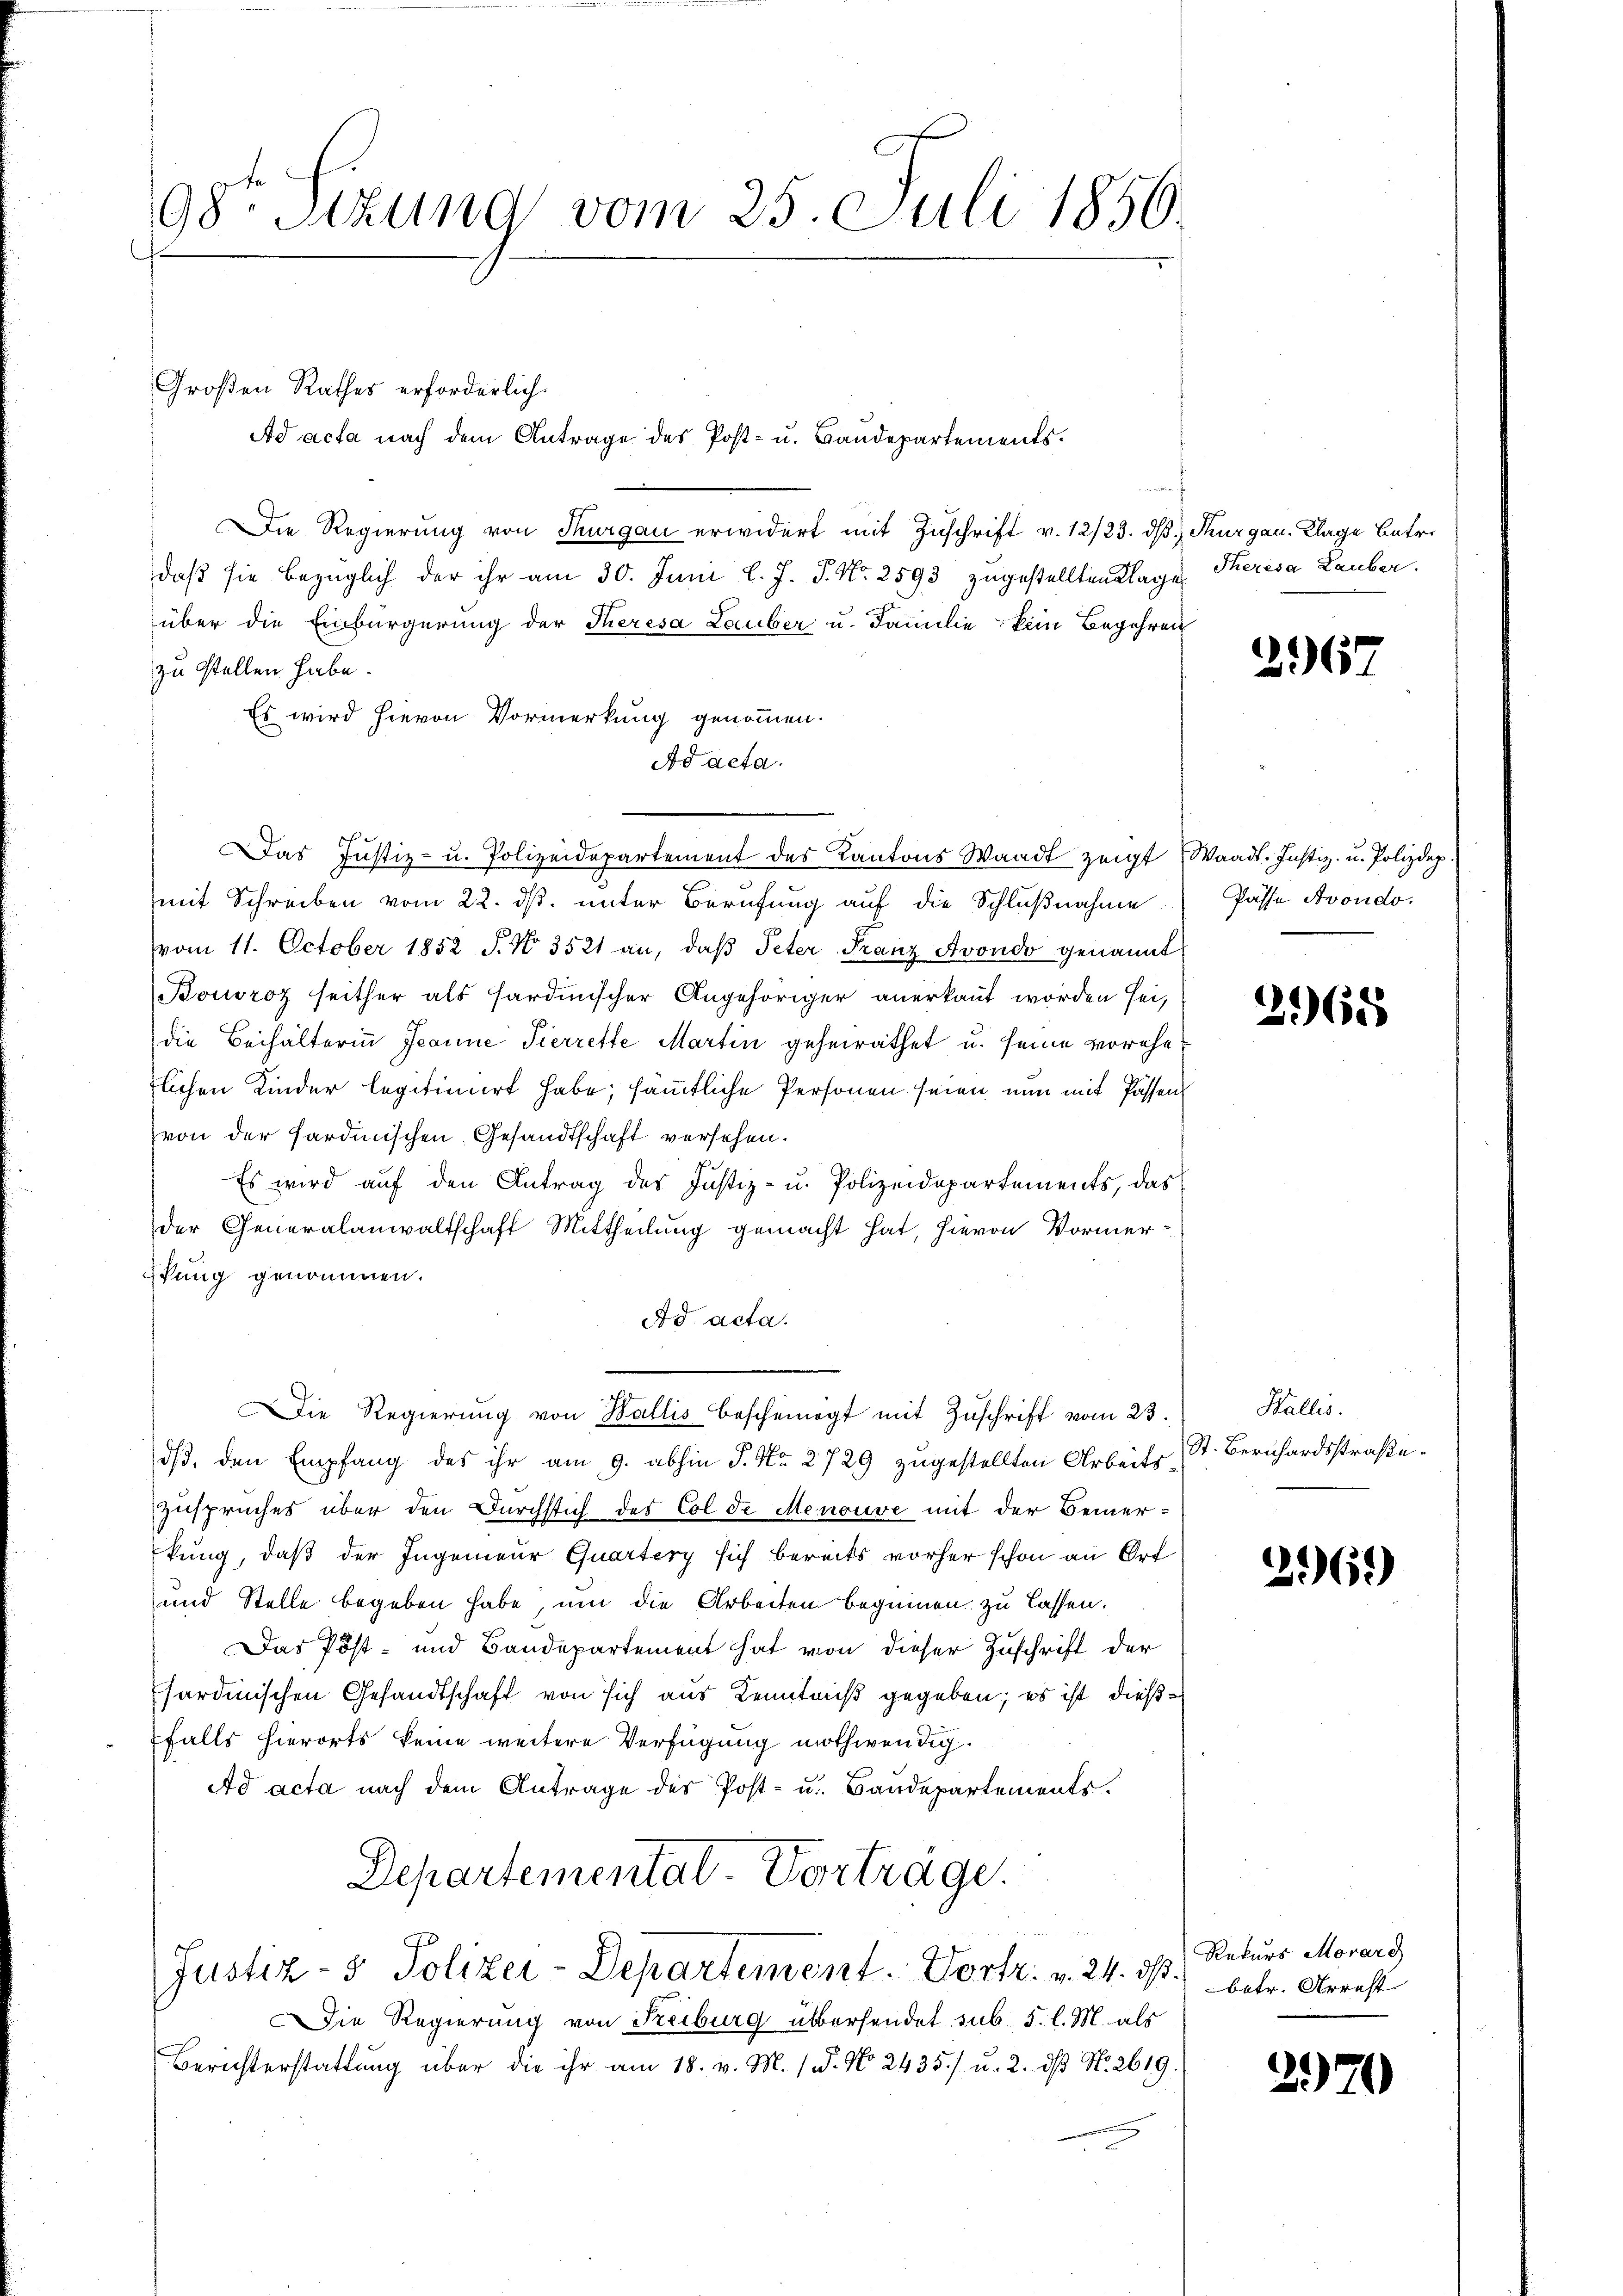
98. Sitzung vom 25. Juli 1856

Großen Rathes erforderlich.
Die Regierung von Thurgau erwidert mit Zuschrift v. 12/23. dβ Thurgau. Klage unter
daß sie bezüglich der ihr am 30. Juni l. J. J. Nr. 2593 zugestellten Klage
über die Einbürgerung der Theresa Lauber u. Familie kein Begehren
zu stellen habe.
Es wird hievon Vormerkung genommen.
Ad acta.
Das Justiz- u. Polizeidepartement des Kantons Waadt zeigt Waadt. Justiz- u. Polizdep
mit Schreiben vom 22. ds. unter Berufung auf die Schlußnahme
vom 11. October 1852 J. N. 3521 an, daβ Peter Franz Avondo genannt
Bouoroz seither als Hardinischer Angehöriger anerkannt worden sei,
die Beihälterin Jeanne Pierrette Martin geheirathet u. seine vorehelichen Kinder legitimiert habe; sämmtliche Personen seien nun mit Passens
von der Sardinischen Gesandtschaft versehen.
Es wird auf den Antrag des Justiz- u. Polizeidepartements, das
der Generalanwaltschaft Mittheilung gemacht hat, hievon Vormerkung genommen.
Ad. acta.
ie Regierŭng von Wallis bescheinigt mit Zŭschrift vom 23.
ds, den Empfang des ihr am 9. abhin P. Nr. 2729 zugestellten Arbeits St. Bernhardsstraße
Zuspruches über den Durchstich des Col de Menouve mit der Feier-
kung, daß der Ingenieur Quartery sich bereits vorher schon an Ort
und Stelle begeben habe, um die Arbeiten beginnen zu lassen.
Das Post- und Baudepartement hat von dieser Zuschrift der
sardinischen Gesandtschaft von sich aus Kenntniß gegeben; es ist diese
falls hierorts keine weitere Verfügung nothwendig.
Ad acta nach dem Antrage des Post- u. Baudepartements.
Departementat-Vorträge.
Justiz- & Polizei-Departement. Vortr. v. 24. ds. betr. Arrest
Die Regierung von Freiburg übersendet sub. 5. l. M. als
Berichterstattung über die ihr am 18. v. M. 1. No. 2435./ u. 2. ds N. 2619.

Ad acta nach dem Antrage des Post- u. Bandepartements.

Theresa Lauber.

2167

Pässe Avondo.

268

Wallis.

2969)

Rekurs Morard

2970